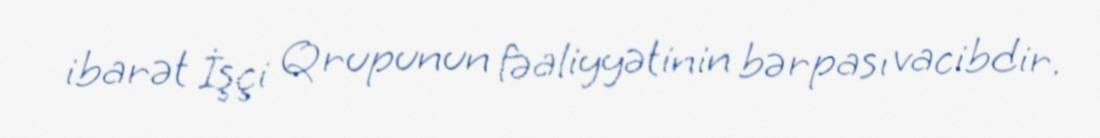
ibarət İşçi Qrupunun fəaliyyətinin bərpası vacibdir.